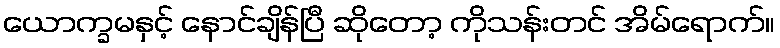
ယောက္ခမနှင့် နောင်ချိန်ပြီ ဆိုတော့ ကိုသန်းတင် အိမ်ရောက်။